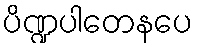
ပိဏ္ဍပါတေနပေ